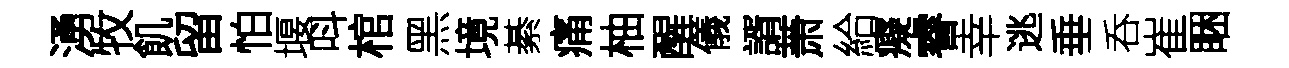
湧牧飢留怕堰呌棺黑境綦痛柚醒儀諝萧給癡睿幸逃垂呑崔睏